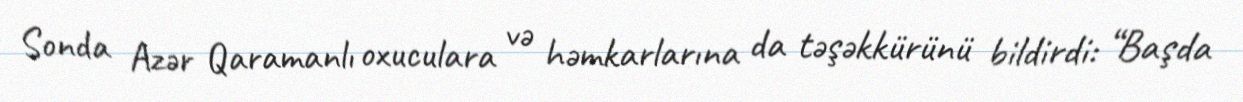
Sonda Azər Qaramanlı oxuculara və həmkarlarına da təşəkkürünü bildirdi: “Başda